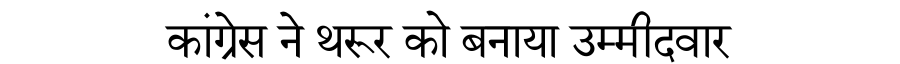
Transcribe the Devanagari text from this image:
कांग्रेस ने थरूर को बनाया उम्मीदवार